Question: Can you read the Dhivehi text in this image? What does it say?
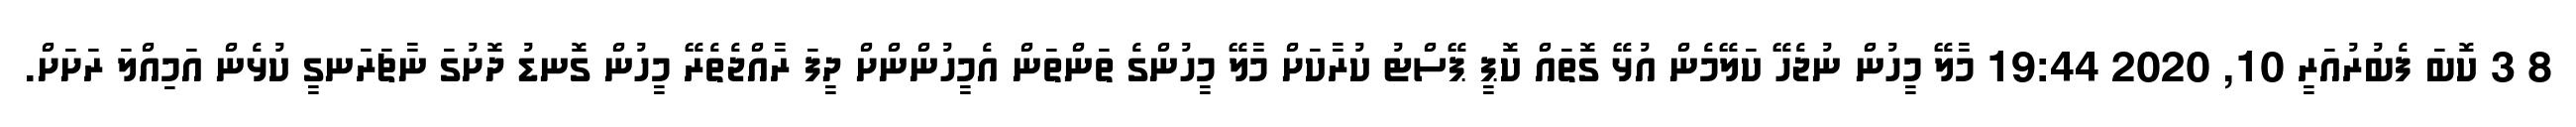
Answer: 8 3 ކޮބަ ފެބުރުއަރީ 10, 2020 19:44 މާލޭ މީހުން ނުޖެހޭ ކަލޭމެން އުޅޭ ގޮތައް ކޮޕީ ޕޭސްޓު ކުރާކަށް މާލޭ މީހުންގެ ތަންތަން އެމީހުންންށް ދީފަ ރާއްޖެތެރޭ މީހުން ގޮނޑު ދޮށުގަ ނާޗަރަނގީ ކުޅެން އަމިއްލަ ރަށަށް.